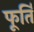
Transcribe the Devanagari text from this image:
फूर्ति